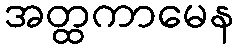
အတ္ထကာမေန